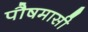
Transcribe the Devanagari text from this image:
पौषमासी